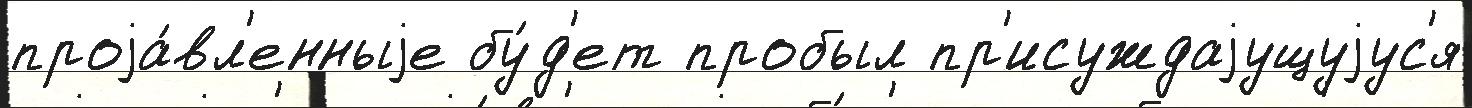
проjа́вл'енныjе бу́д'ет пробыл пр'исуждаjущуjус'я